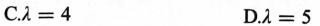
C.$$λ = 4$$ D.$$λ = 5$$